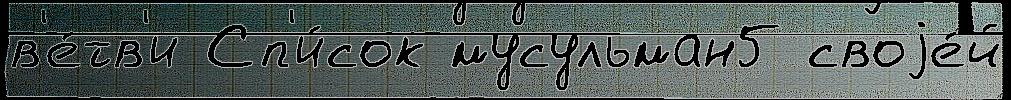
в'е́тв'и Сп'и́сок мусульман5 своjе́й